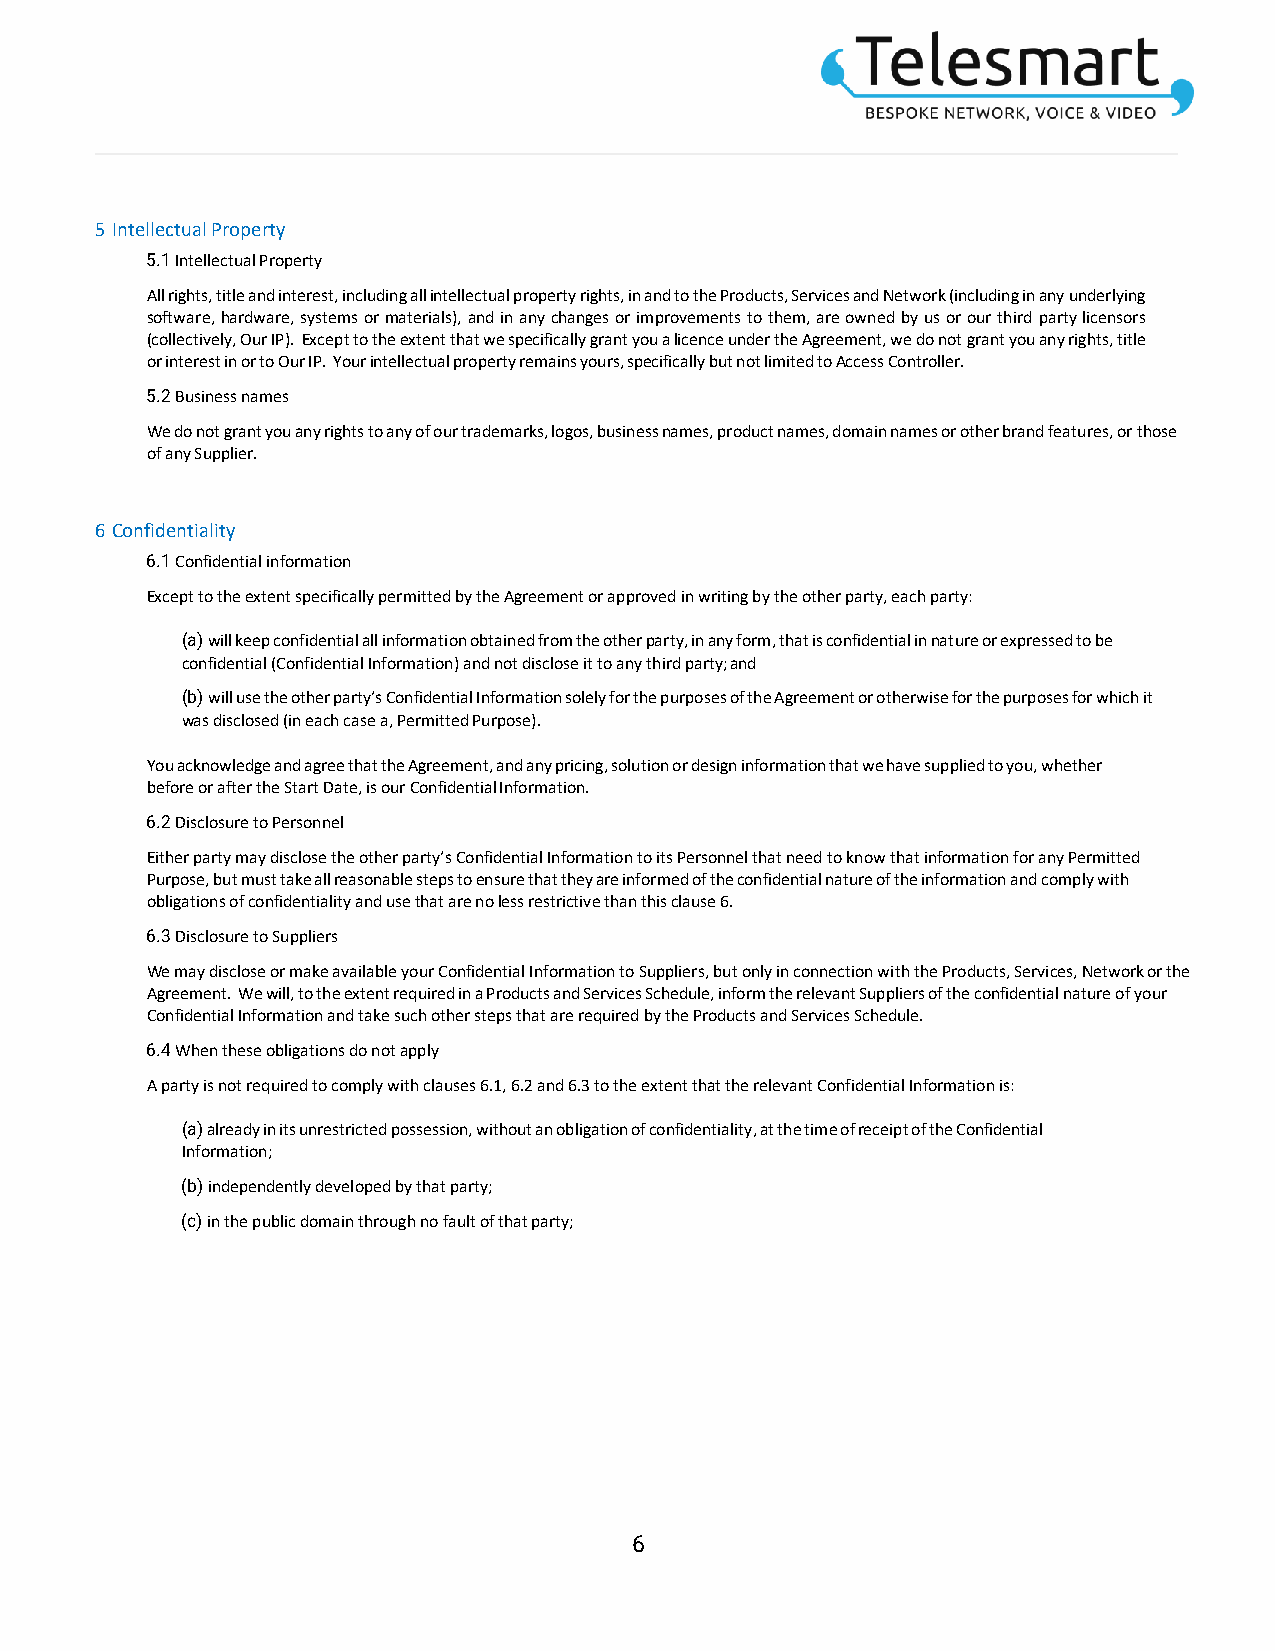
5 Intellectual Property
 5.1 Intellectual Property
 All rights, title and interest, including all intellectual property rights, in and to the Products, Services and Network (including in any underlying
 software, hardware, systems or materials), and in any changes or improvements to them, are owned by us or our third party licensors
 (collectively, Our IP). Except to the extent that we specifically grant you a licence under the Agreement, we do not grant you any rights, title
 or interest in or to Our IP. Your intellectual property remains yours, specifically but not limited to Access Controller.
 5.2 Business names
 We do not grant you any rights to any of our trademarks, logos, business names, product names, domain names or other brand features, or those
 of any Supplier.
 6 Confidentiality
 6.1 Confidential information
 Except to the extent specifically permitted by the Agreement or approved in writing by the other party, each party:
 (a) will keep confidential all information obtained from the other party, in any form, that is confidential in nature or expressed to be
 confidential (Confidential Information) and not disclose it to any third party; and
 (b) will use the other party’s Confidential Information solely for the purposes of the Agreement or otherwise for the purposes for which it
 was disclosed (in each case a, Permitted Purpose).
 You acknowledge and agree that the Agreement, and any pricing, solution or design information that we have supplied to you, whether
 before or after the Start Date, is our Confidential Information.
 6.2 Disclosure to Personnel
 Either party may disclose the other party’s Confidential Information to its Personnel that need to know that information for any Permitted
 Purpose, but must take all reasonable steps to ensure that they are informed of the confidential nature of the information and comply with
 obligations of confidentiality and use that are no less restrictive than this clause 6.
 6.3 Disclosure to Suppliers
 We may disclose or make available your Confidential Information to Suppliers, but only in connection with the Products, Services, Network or the
 Agreement. We will, to the extent required in a Products and Services Schedule, inform the relevant Suppliers of the confidential nature of your
 Confidential Information and take such other steps that are required by the Products and Services Schedule.
 6.4 When these obligations do not apply
 A party is not required to comply with clauses 6.1, 6.2 and 6.3 to the extent that the relevant Confidential Information is:
 (a) already in its unrestricted possession, without an obligation of confidentiality, at the time of receipt of the Confidential
 Information;
 (b) independently developed by that party;
 (c) in the public domain through no fault of that party;
 6